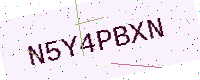
Text: N5Y4PBXN